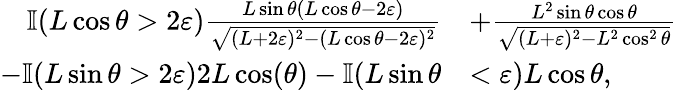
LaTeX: \begin{array}{rl}{\mathbb{I}(L\cos\theta>2\varepsilon)\frac{L\sin\theta(L\cos\theta-2\varepsilon)}{\sqrt{(L+2\varepsilon)^{2}-(L\cos\theta-2\varepsilon)^{2}}}}&{+\frac{L^{2}\sin\theta\cos\theta}{\sqrt{(L+\varepsilon)^{2}-L^{2}\cos^{2}\theta}}}\\ {-\mathbb{I}(L\sin\theta>2\varepsilon)2L\cos(\theta)-\mathbb{I}(L\sin\theta}&{<\varepsilon)L\cos\theta,}\end{array}